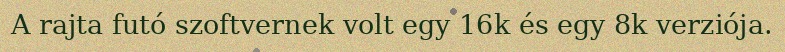
A rajta futó szoftvernek volt egy 16k és egy 8k verziója.